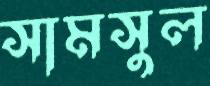
সামসুল